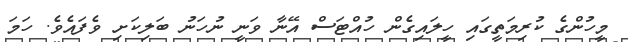
މީހުންގެ ކުރިމަތީގައި ހީލައިގެން ހުއްޓަސް އޭނާ ވަނީ ނުހަނު ބަލިކަށި ވެފައެވެ. ހަމަ